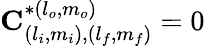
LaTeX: \mathbf{C}_{(l_{i},m_{i}),(l_{f},m_{f})}^{*(l_{o},m_{o})}=0